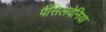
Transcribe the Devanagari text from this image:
पैंसिलवेनिया